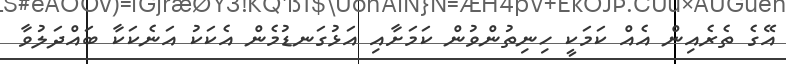
އޭގެ ތެރެއިން އެއް ކަމަކީ ހިނިތުންވުން ކަމަށާއި އަޅުގަނޑުމެން އެކަކު އަނެކަކާ ބައްދަލުވާ